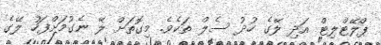
ޕްލޭޓްލިޓް އަދި ލޭގެ ހުދު ސެލް ތަކެވެ. މިގޮތަށް ލޭ ނެގުމަށްފަހު ލޭގެ